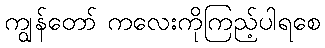
ကျွန်တော် ကလေးကိုကြည့်ပါရစေ